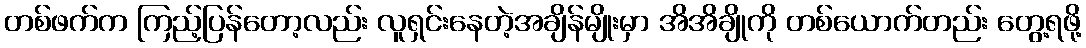
တစ်ဖက်က ကြည့်ပြန်တော့လည်း လူရှင်းနေတဲ့အချိန်မျိုးမှာ အိအိချိုကို တစ်ယောက်တည်း တွေ့ရဖို့